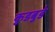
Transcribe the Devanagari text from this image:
कुडबुडे